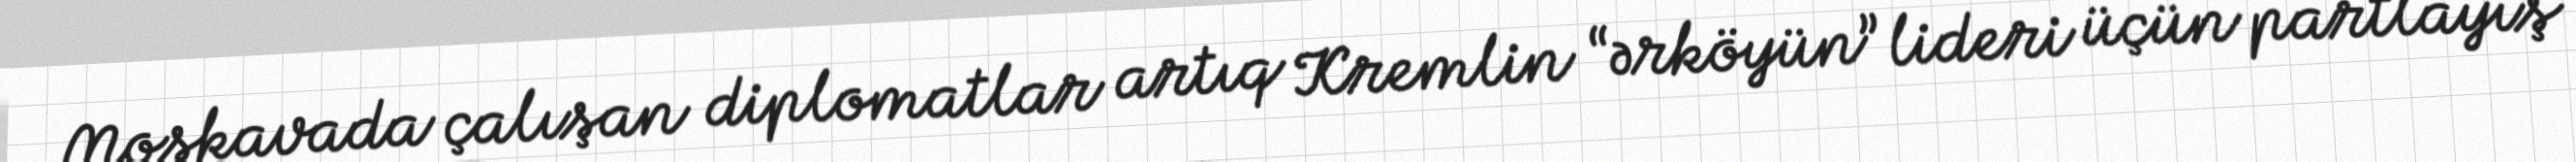
Moskavada çalışan diplomatlar artıq Kremlin “ərköyün” lideri üçün partlayış